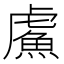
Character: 𫊣